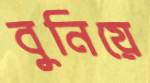
বুনিয়ে